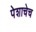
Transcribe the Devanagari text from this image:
पेशाचेच